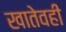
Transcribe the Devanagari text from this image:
खातेवही